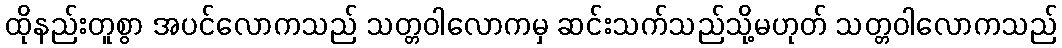
ထိုနည်းတူစွာ အပင်လောကသည် သတ္တဝါလောကမှ ဆင်းသက်သည်သို့မဟုတ် သတ္တဝါလောကသည်